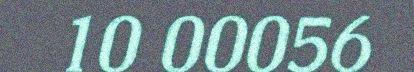
10 00056